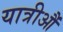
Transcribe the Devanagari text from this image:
यात्रीऔं